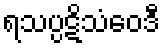
ရသပ္ပဋိသံဝေဒီ